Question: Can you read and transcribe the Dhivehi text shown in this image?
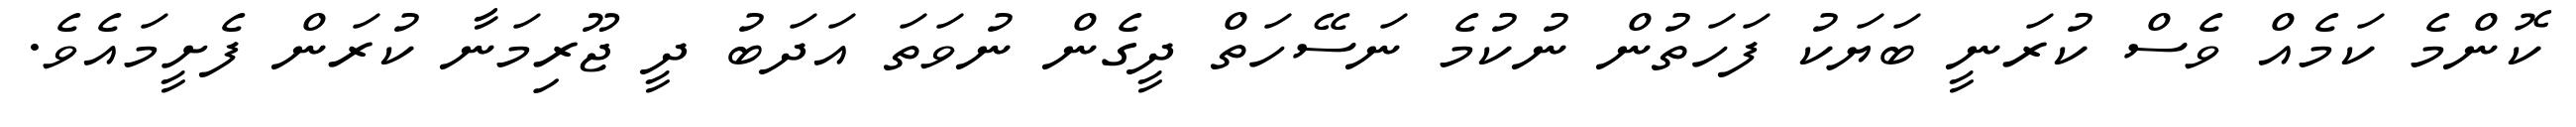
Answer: ކޮންމެ ކަމެއް ވެސް ކުރަނީ ބަޔަކު ފަހަތުން ނުކުމެ ނަސޭހަތް ދީގެން ނުވަތަ އަދަބު ދީ ޖޫރިމަނާ ކުރަން ފެށީމައެވެ.